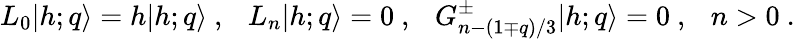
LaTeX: L_{0}\vert{h;q}\rangle=h\vert{h;q}\rangle{}~,{}~{}~{}~L_{n}\vert{h;q}\rangle=0{}~,{}~{}~{}~G_{n-(1\mp q)/3}^{\pm}\vert{h;q}\rangle=0{}~,{}~{}~{}~n>0{}~.